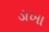
ડાખા